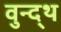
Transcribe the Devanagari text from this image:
वुन्द्थ